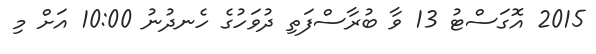
2015 އޮގަސްޓު 13 ވާ ބުރާސްފަތި ދުވަހުގެ ހެނދުނު 10:00 އަށް މި